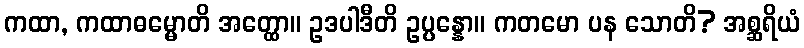
ကထာ, ကထာဓမ္မောတိ အတ္ထော။ ဥဒပါဒီတိ ဥပ္ပန္နော။ ကတမော ပန သောတိ? အစ္ဆရိယံ